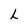
Character: L